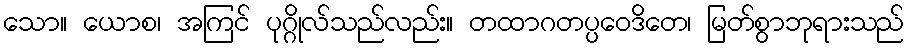
သော။ ယောစ၊ အကြင် ပုဂ္ဂိုလ်သည်လည်း။ တထာဂတပ္ပဝေဒိတေ၊ မြတ်စွာဘုရားသည်